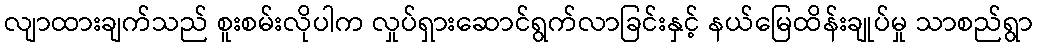
လျာထားချက်သည် စူးစမ်းလိုပါက လှုပ်ရှားဆောင်ရွက်လာခြင်းနှင့် နယ်မြေထိန်းချုပ်မှု သာစည်ရွာ